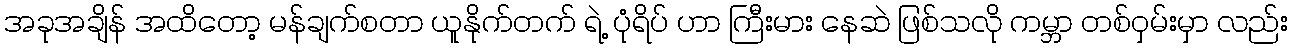
အခုအချိန် အထိတော့ မန်ချက်စတာ ယူနိုက်တက် ရဲ့ ပုံရိပ် ဟာ ကြီးမား နေဆဲ ဖြစ်သလို ကမ္ဘာ တစ်ဝှမ်းမှာ လည်း